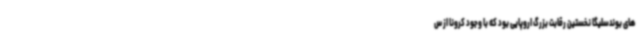
های بوندسلیگا نخستین رقابت بزرگ اروپایی بود که با وجود کرونا از س